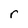
Character: r